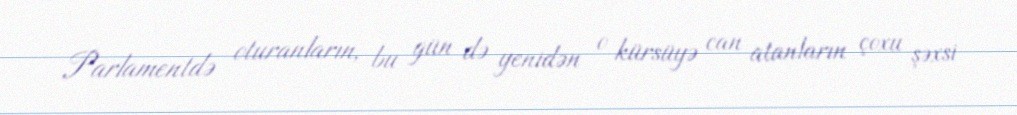
Parlamentdə oturanların, bu gün də yenidən o kürsüyə can atanların çoxu şəxsi